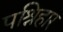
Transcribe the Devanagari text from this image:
पश्रिहार